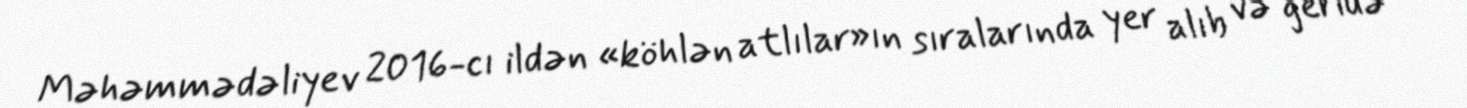
Məhəmmədəliyev 2016-cı ildən «köhlən atlılar»ın sıralarında yer alıb və geridə